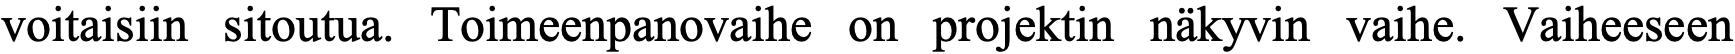
voitaisiin sitoutua. Toimeenpanovaihe on projektin näkyvin vaihe. Vaiheeseen